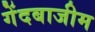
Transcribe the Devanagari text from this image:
गेंदबाजीम